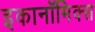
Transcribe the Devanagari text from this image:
इकानॉमिक्स